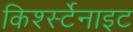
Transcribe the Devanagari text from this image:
किर्श्स्टेनाइट